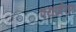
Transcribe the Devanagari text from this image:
पयार्वरण